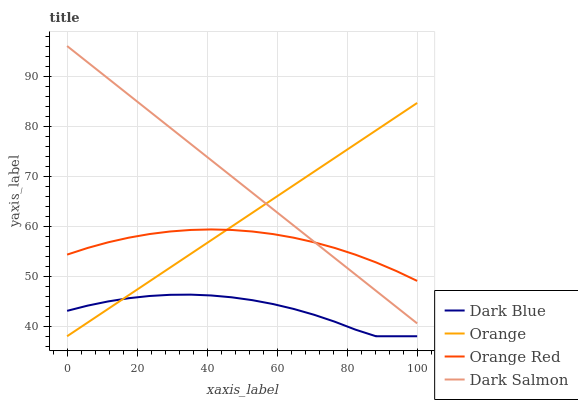
| xaxis_label | Dark Blue | Orange | Orange Red | Dark Salmon |
 | --- | --- | --- | --- | --- |
 | 0 | 43.1 | 38 | 54.3 | 96 |
 | 5.88 | 44.1 | 40.7 | 55.6 | 92.7 |
 | 11.8 | 45 | 43.5 | 56.8 | 89.5 |
 | 17.6 | 45.6 | 46.2 | 57.7 | 86.2 |
 | 23.5 | 46 | 49 | 58.4 | 83 |
 | 29.4 | 46.3 | 51.7 | 58.9 | 79.7 |
 | 35.3 | 46.3 | 54.5 | 59.2 | 76.4 |
 | 41.2 | 46.1 | 57.2 | 59.3 | 73.2 |
 | 47.1 | 45.8 | 59.9 | 59.2 | 69.9 |
 | 52.9 | 45.2 | 62.7 | 58.9 | 66.7 |
 | 58.8 | 44.4 | 65.4 | 58.4 | 63.4 |
 | 64.7 | 43.5 | 68.2 | 57.7 | 60.1 |
 | 70.6 | 42.3 | 70.9 | 56.8 | 56.9 |
 | 76.5 | 40.9 | 73.7 | 55.6 | 53.6 |
 | 82.4 | 39.3 | 76.4 | 54.3 | 50.3 |
 | 88.2 | 38 | 79.1 | 52.8 | 47.1 |
 | 94.1 | 38 | 81.9 | 51 | 43.8 |
 | 100 | 38 | 84.6 | 49.1 | 40.6 |